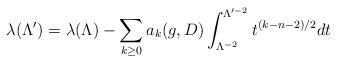
LaTeX: \begin{align*} \lambda(\Lambda') = \lambda(\Lambda) - \sum_{k \geq 0} a_k(g, D) \int_{\Lambda^{-2}}^{\Lambda'^{-2}} t^{(k-n-2)/2} {dt}\end{align*}